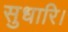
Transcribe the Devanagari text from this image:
सुधारि।